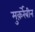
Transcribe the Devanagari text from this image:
मुक़र्रेबीन